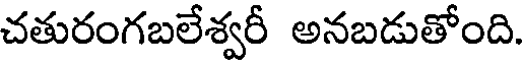
చతురంగబలేశ్వరీ అనబడుతోంది.